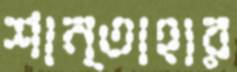
শান্তাহার